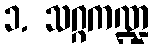
၁. သဂ္ဂကဏ္ဍ